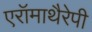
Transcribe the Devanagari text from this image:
एरॉमाथैरेपी